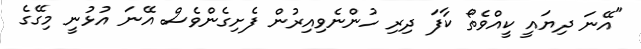
"އޭނަ ދިޔައީ ކީއްވެތޯ ކާފަ ދިރި ހުންނެވިއިރުން ފެށިގެންވެސް އޭނަ އުޅުނީ މިގޭގެ